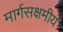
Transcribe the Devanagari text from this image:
मार्गसक्षमीय